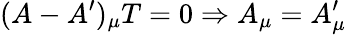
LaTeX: (A-A^{\prime})_{\mu}T=0\Rightarrow A_{\mu}=A_{\mu}^{\prime}